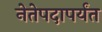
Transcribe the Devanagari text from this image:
नेतेपदापर्यंत